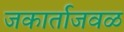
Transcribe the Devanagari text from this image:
जकार्ताजवळ